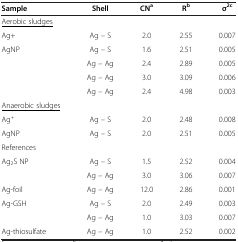
| Sample | Shell | CNa | Rb | σ2c |
 | --- | --- | --- | --- | --- |
 | <underline>Aerobic sludges</underline> |  |  |  |  |
 | Ag+ | Ag – S | 2.0 | 2.55 | 0.007 |
 | AgNP | Ag – S | 1.6 | 2.51 | 0.005 |
 |  | Ag – Ag | 2.4 | 2.89 | 0.005 |
 |  | Ag – Ag | 3.0 | 3.09 | 0.006 |
 |  | Ag – Ag | 2.4 | 4.98 | 0.003 |
 | <underline>Anaerobic sludges</underline> |  |  |  |  |
 | Ag+ | Ag – S | 2.0 | 2.48 | 0.008 |
 | AgNP | Ag – S | 2.0 | 2.51 | 0.005 |
 | References |  |  |  |  |
 | Ag2S NP | Ag – S | 1.5 | 2.52 | 0.004 |
 |  | Ag – Ag | 3.0 | 3.06 | 0.007 |
 | Ag-foil | Ag – Ag | 12.0 | 2.86 | 0.001 |
 | Ag-GSH | Ag – S | 2.0 | 2.49 | 0.003 |
 |  | Ag – Ag | 1.0 | 3.03 | 0.007 |
 | Ag-thiosulfate | Ag – Ag | 1.0 | 2.52 | 0.002 |